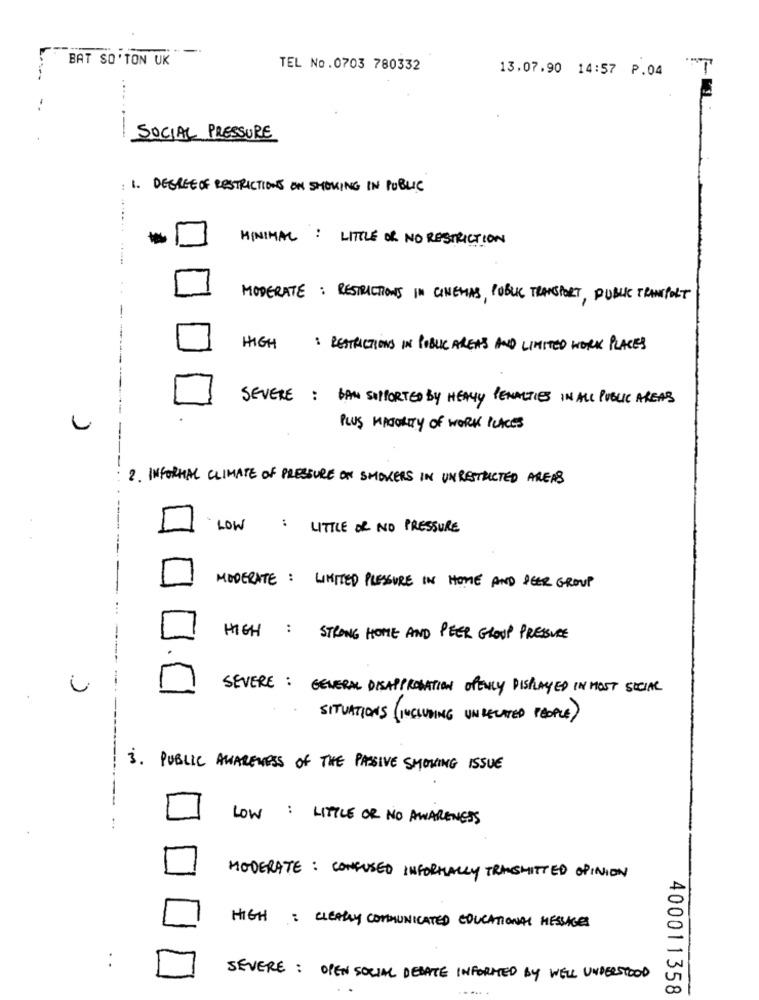
-
BAT SO'TON UK
TEL No.0703 780332
13.07.90 14:57 P.04
--------
SOCIAL PRESSURE
: 1. DEGREE OF RESTRICTIONS ON SMOKING IN PUBLIC
MINIMAL : LITTLE OR NO RESTRICTION
MODERATE : RESTRICTIONS IN CINEMAS, PUBLIC TRANSPORT, PUBLIC TRANSPORT
--
HIGH
: RESTRICTIONS IN PUBLIC AREAS AND LIMITED WORK PLACES
SEVERE : BAN SUPPORTED BY HEAVY PENALTIES IN ALL PUBLIC AREAS
--
PLUS MAJORITY OF WORK PLACES
-
2. INFORMAL CLIMATE OF PRESSURE ON SMOKERS IN UNRESTRICTED AREAS
LOW : LITTLE OR NO PRESSURE
MODERATE : LIMITED PRESSURE IN HOME AND PEER GROUP
HIGH : STRONG HOME AND PEER GROUP PRESSURE
SEVERE : GENERAL DISAPPROBATION OPENLY DISPLAYED IN MOST SOCIAL
SITUATIONS ( INCLUDING UNRELATED PEOPLE )
3. PUBLIC AWARENESS Of THE PASIVE SHOWING ISSUE
LOW : LITTLE OR NO AWARENESS
MODERATE : CONFUSED INFORMALLY TRANSMITTED OPINION
HIGH : CLEARLY COMMUNICATED EDUCATIONAL MESSAGES
SEVERE : OPEN SOCIAL DEBATE INFORMED BY WELL UNDERSTOOD
400011358